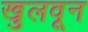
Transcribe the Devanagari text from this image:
खुलवून